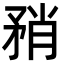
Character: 矟